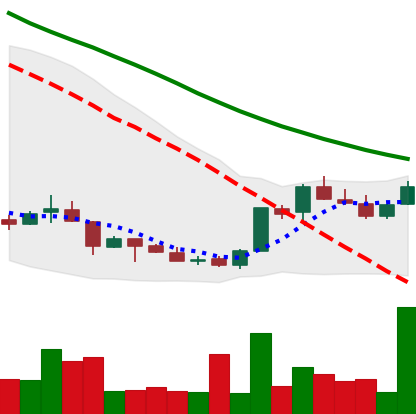
Ticker: LINK-USD
Chart end date: 2018-07-07
Forward return: -18.143%
Label: down_7plus